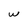
Character: w